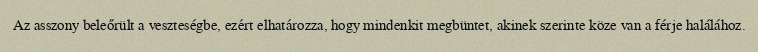
Az asszony beleőrült a veszteségbe, ezért elhatározza, hogy mindenkit megbüntet, akinek szerinte köze van a férje halálához.